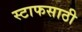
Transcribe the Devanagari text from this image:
स्टाफसाठी